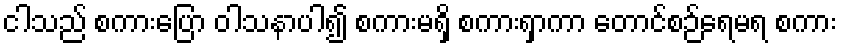
ငါသည် စကားပြော ဝါသနာပါ၍ စကားမရှိ စကားရှာကာ တောင်စဉ်ရေမရ စကား